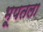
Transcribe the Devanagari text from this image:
भूपतला